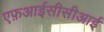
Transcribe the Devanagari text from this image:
एफ़आईसीसीआई